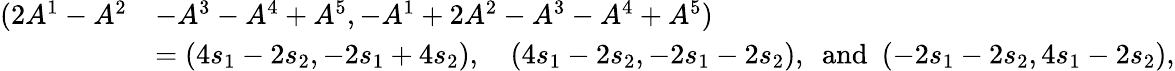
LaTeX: \begin{array}{rl}{(2A^{1}-A^{2}}&{-A^{3}-A^{4}+A^{5},-A^{1}+2A^{2}-A^{3}-A^{4}+A^{5})}\\ &{=(4s_{1}-2s_{2},-2s_{1}+4s_{2}),\quad(4s_{1}-2s_{2},-2s_{1}-2s_{2}),\ \mathrm{~and~}\ (-2s_{1}-2s_{2},4s_{1}-2s_{2}),}\end{array}